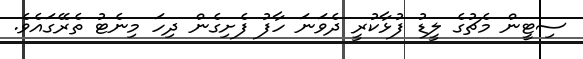
ސިޓީން މެޗުގެ ލީޑު ފުޅާކުރީ ދެވަނަ ހާފު ފެށިގެން ދިހަ މިނެޓު ތެރޭގައެވެ.